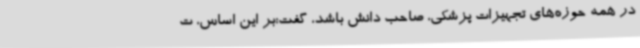
در همه حوزه‌های تجهیزات پزشکی، صاحب دانش باشد، گفت:بر این اساس، ت